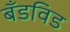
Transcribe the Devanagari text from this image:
बँडविड